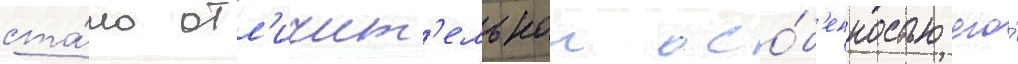
ста́ло отл'ичит'ельнои осо́б'енностью его́